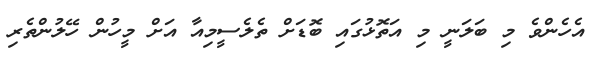
އެހެންވެ މި ބަލަނީ މި އަތޮޅުގައި ބޮޑަށް ތެލެސީމިއާ އަށް މީހުން ހޭލުންތެރި